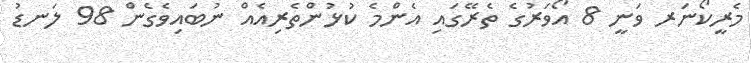
މެރީކޯނަރ ވަނީ 8 އޯވަރުގެ ތެރޭގައި އެންމެ ކުޅުންތެރިއެއް ނުބައިވެގެން 98 ލަނޑު